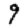
Digit: 9